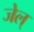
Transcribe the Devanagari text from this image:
जेल्